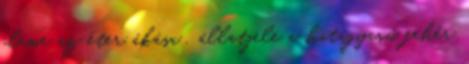
eleme az éter ákása , állatjele a hatagyarú fehér